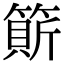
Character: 𥲣